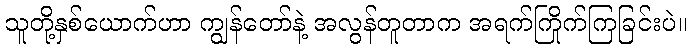
သူတို့နှစ်ယောက်ဟာ ကျွန်တော်နဲ့ အလွန်တူတာက အရက်ကြိုက်ကြခြင်းပဲ။